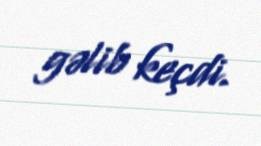
gəlib keçdi.